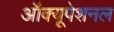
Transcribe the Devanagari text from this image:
ऑक्यूपेशनल